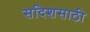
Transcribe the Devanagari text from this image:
सदिशसाठी